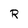
Character: R